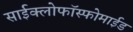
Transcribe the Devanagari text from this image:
साईक्लोफॉस्फोमाईड